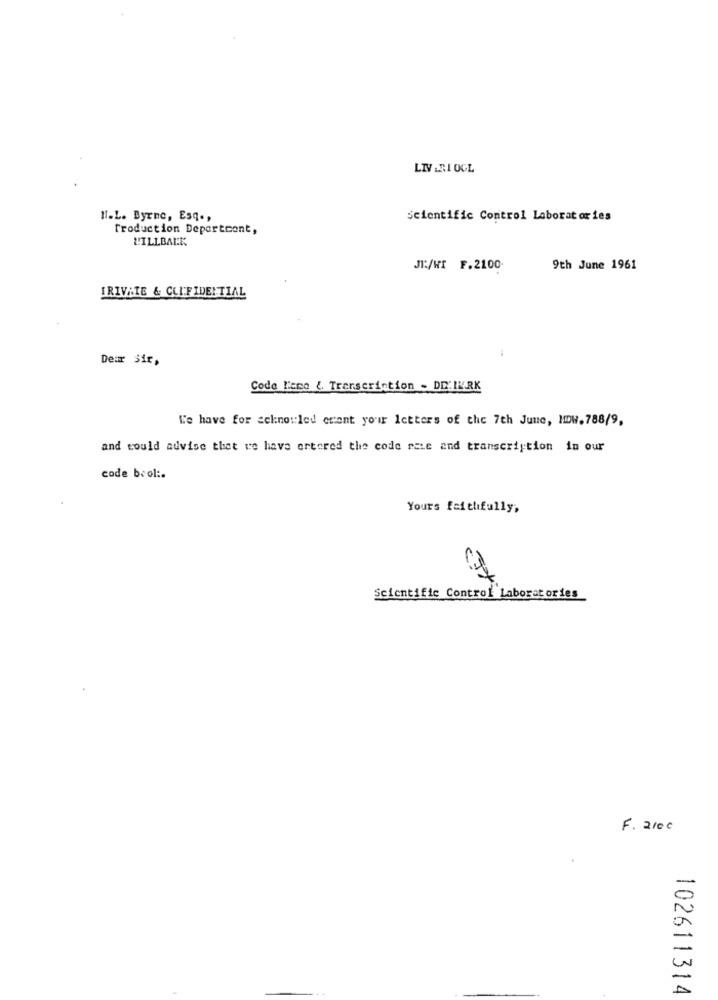
LIV ERI OGL
N.L. Byrne, Esq .,
Scientific Control Laboratories
Troduction Deportcont,
LILLBALK
JI:/WI F.2100-
9th June 1961
IRIVATE & CONFIDENTIAL
Dear Sir,
Code Tiene &. Transcription - DE: IURK
We have for acknowled crant your letters of the 7th June, HDW. 788/9,
and would advise that we have ortered the code raie and transcription in our
code brol :.
Yours faithfully;
Scientific Control Laboratories
F. 2100
-
A
102611314